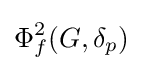
\Phi _{f}^{2}(G,\delta _{p})